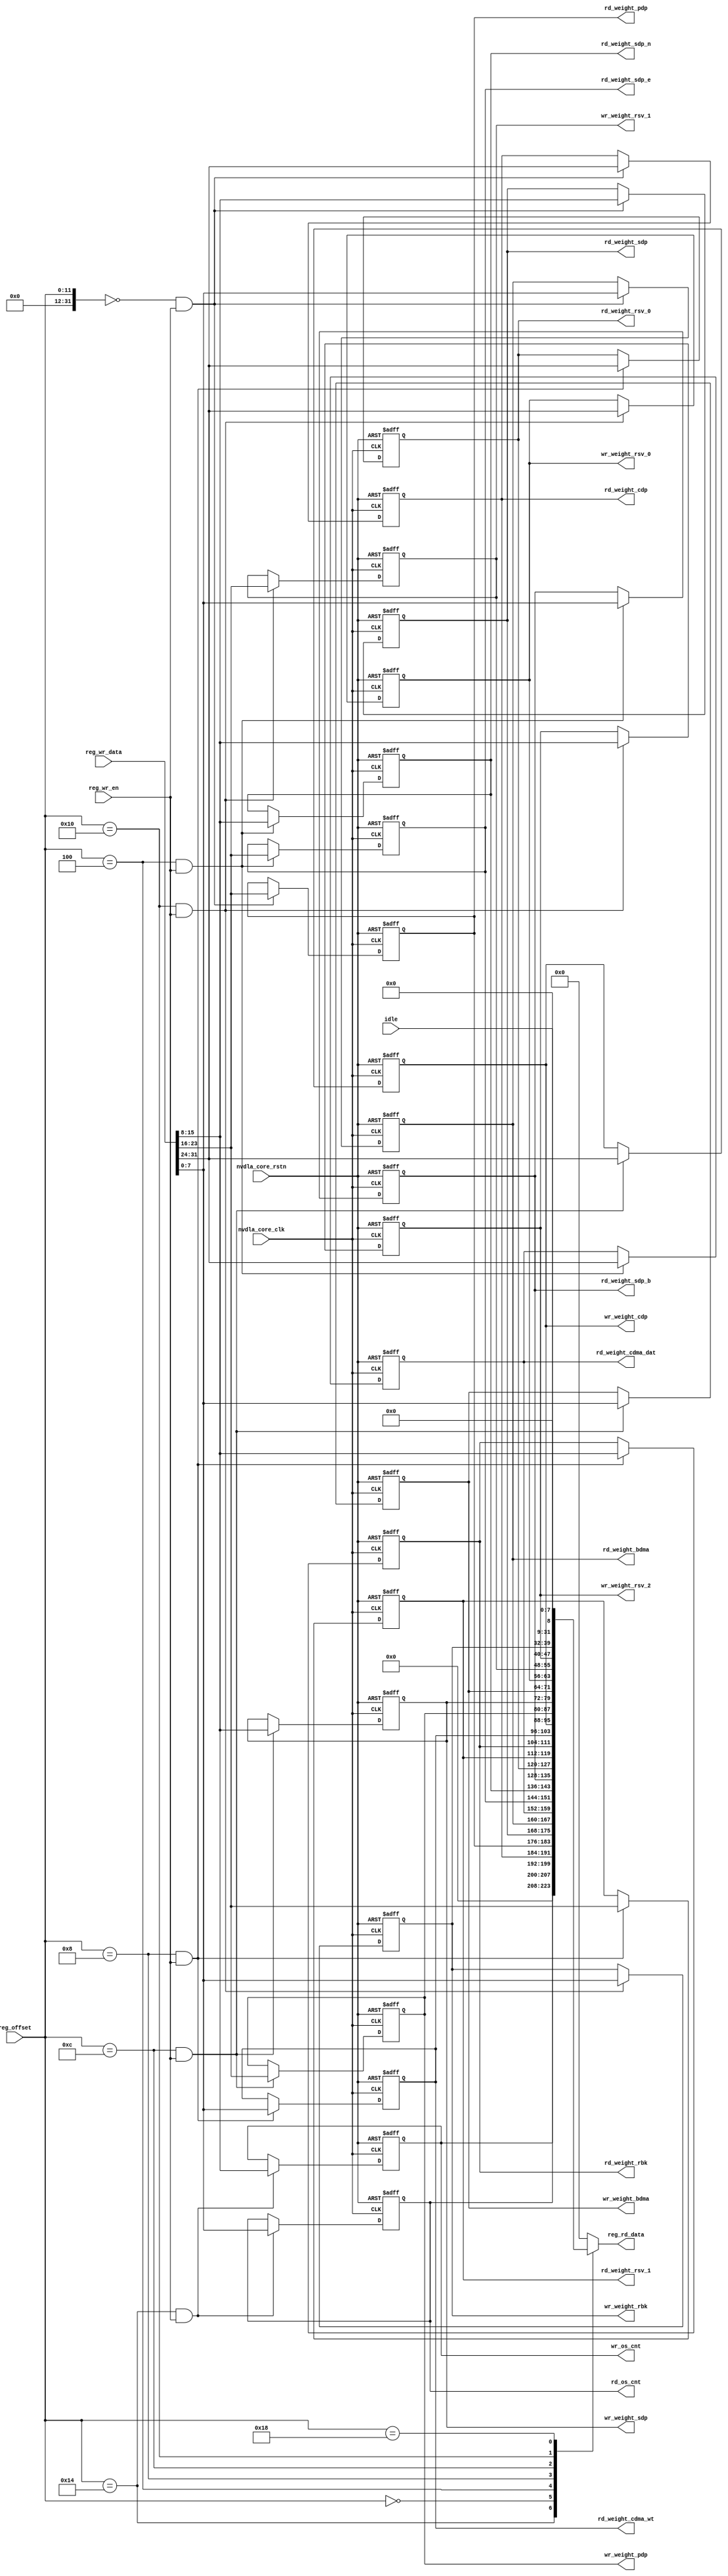
// ================================================================
// NVDLA Open Source Project
// 
// Copyright(c) 2016 - 2017 NVIDIA Corporation.  Licensed under the
// NVDLA Open Hardware License; Check "LICENSE" which comes with 
// this distribution for more information.
// ================================================================


module NV_NVDLA_CVIF_CSB_reg (
   reg_rd_data
  ,reg_offset
   // verilint 498 off
   // leda UNUSED_DEC off
  ,reg_wr_data
   // verilint 498 on
   // leda UNUSED_DEC on
  ,reg_wr_en
  ,nvdla_core_clk
  ,nvdla_core_rstn
  ,rd_os_cnt
  ,wr_os_cnt
  ,rd_weight_bdma
  ,rd_weight_cdp
  ,rd_weight_pdp
  ,rd_weight_sdp
  ,rd_weight_cdma_dat
  ,rd_weight_sdp_b
  ,rd_weight_sdp_e
  ,rd_weight_sdp_n
  ,rd_weight_cdma_wt
  ,rd_weight_rbk
  ,rd_weight_rsv_0
  ,rd_weight_rsv_1
  ,wr_weight_bdma
  ,wr_weight_cdp
  ,wr_weight_pdp
  ,wr_weight_sdp
  ,wr_weight_rbk
  ,wr_weight_rsv_0
  ,wr_weight_rsv_1
  ,wr_weight_rsv_2
  ,idle
  );

wire   [31:0] nvdla_cvif_cfg_outstanding_cnt_0_out;
wire   [31:0] nvdla_cvif_cfg_rd_weight_0_0_out;
wire   [31:0] nvdla_cvif_cfg_rd_weight_1_0_out;
wire   [31:0] nvdla_cvif_cfg_rd_weight_2_0_out;
wire   [31:0] nvdla_cvif_cfg_wr_weight_0_0_out;
wire   [31:0] nvdla_cvif_cfg_wr_weight_1_0_out;
wire   [31:0] nvdla_cvif_status_0_out;
wire   [11:0] reg_offset_rd_int;
wire   [31:0] reg_offset_wr;
// Register control interface
output [31:0] reg_rd_data;
input [11:0]  reg_offset;
input [31:0]  reg_wr_data;  //(UNUSED_DEC)
input         reg_wr_en;
input         nvdla_core_clk;
input         nvdla_core_rstn;


// Writable register flop/trigger outputs
output [7:0]  rd_os_cnt;
output [7:0]  wr_os_cnt;
output [7:0]  rd_weight_bdma;
output [7:0]  rd_weight_cdp;
output [7:0]  rd_weight_pdp;
output [7:0]  rd_weight_sdp;
output [7:0]  rd_weight_cdma_dat;
output [7:0]  rd_weight_sdp_b;
output [7:0]  rd_weight_sdp_e;
output [7:0]  rd_weight_sdp_n;
output [7:0]  rd_weight_cdma_wt;
output [7:0]  rd_weight_rbk;
output [7:0]  rd_weight_rsv_0;
output [7:0]  rd_weight_rsv_1;
output [7:0]  wr_weight_bdma;
output [7:0]  wr_weight_cdp;
output [7:0]  wr_weight_pdp;
output [7:0]  wr_weight_sdp;
output [7:0]  wr_weight_rbk;
output [7:0]  wr_weight_rsv_0;
output [7:0]  wr_weight_rsv_1;
output [7:0]  wr_weight_rsv_2;

// Read-only register inputs
input         idle;

// wr_mask register inputs

// rstn register inputs

// leda FM_2_23 off
reg           arreggen_abort_on_invalid_wr;
reg           arreggen_abort_on_rowr;
reg           arreggen_dump;
// leda FM_2_23 on
reg     [7:0] rd_os_cnt;
reg     [7:0] rd_weight_bdma;
reg     [7:0] rd_weight_cdma_dat;
reg     [7:0] rd_weight_cdma_wt;
reg     [7:0] rd_weight_cdp;
reg     [7:0] rd_weight_pdp;
reg     [7:0] rd_weight_rbk;
reg     [7:0] rd_weight_rsv_0;
reg     [7:0] rd_weight_rsv_1;
reg     [7:0] rd_weight_sdp;
reg     [7:0] rd_weight_sdp_b;
reg     [7:0] rd_weight_sdp_e;
reg     [7:0] rd_weight_sdp_n;
reg    [31:0] reg_rd_data;
reg     [7:0] wr_os_cnt;
reg     [7:0] wr_weight_bdma;
reg     [7:0] wr_weight_cdp;
reg     [7:0] wr_weight_pdp;
reg     [7:0] wr_weight_rbk;
reg     [7:0] wr_weight_rsv_0;
reg     [7:0] wr_weight_rsv_1;
reg     [7:0] wr_weight_rsv_2;
reg     [7:0] wr_weight_sdp;

assign reg_offset_wr = {20'b0 , reg_offset};
// SCR signals

// Address decode
wire nvdla_cvif_cfg_outstanding_cnt_0_wren = (reg_offset_wr == (32'h3014  & 32'h00000fff)) & reg_wr_en ;  //spyglass disable UnloadedNet-ML //(W528)
wire nvdla_cvif_cfg_rd_weight_0_0_wren = (reg_offset_wr == (32'h3000  & 32'h00000fff)) & reg_wr_en ;  //spyglass disable UnloadedNet-ML //(W528)
wire nvdla_cvif_cfg_rd_weight_1_0_wren = (reg_offset_wr == (32'h3004  & 32'h00000fff)) & reg_wr_en ;  //spyglass disable UnloadedNet-ML //(W528)
wire nvdla_cvif_cfg_rd_weight_2_0_wren = (reg_offset_wr == (32'h3008  & 32'h00000fff)) & reg_wr_en ;  //spyglass disable UnloadedNet-ML //(W528)
wire nvdla_cvif_cfg_wr_weight_0_0_wren = (reg_offset_wr == (32'h300c  & 32'h00000fff)) & reg_wr_en ;  //spyglass disable UnloadedNet-ML //(W528)
wire nvdla_cvif_cfg_wr_weight_1_0_wren = (reg_offset_wr == (32'h3010  & 32'h00000fff)) & reg_wr_en ;  //spyglass disable UnloadedNet-ML //(W528)
wire nvdla_cvif_status_0_wren = (reg_offset_wr == (32'h3018  & 32'h00000fff)) & reg_wr_en ;  //spyglass disable UnloadedNet-ML //(W528)

assign nvdla_cvif_cfg_outstanding_cnt_0_out[31:0] = { 16'b0, wr_os_cnt, rd_os_cnt };
assign nvdla_cvif_cfg_rd_weight_0_0_out[31:0] = { rd_weight_cdp, rd_weight_pdp, rd_weight_sdp, rd_weight_bdma };
assign nvdla_cvif_cfg_rd_weight_1_0_out[31:0] = { rd_weight_cdma_dat, rd_weight_sdp_e, rd_weight_sdp_n, rd_weight_sdp_b };
assign nvdla_cvif_cfg_rd_weight_2_0_out[31:0] = { rd_weight_rsv_0, rd_weight_rsv_1, rd_weight_rbk, rd_weight_cdma_wt };
assign nvdla_cvif_cfg_wr_weight_0_0_out[31:0] = { wr_weight_cdp, wr_weight_pdp, wr_weight_sdp, wr_weight_bdma };
assign nvdla_cvif_cfg_wr_weight_1_0_out[31:0] = { wr_weight_rsv_0, wr_weight_rsv_1, wr_weight_rsv_2, wr_weight_rbk };
assign nvdla_cvif_status_0_out[31:0] = { 23'b0, idle, 8'b0 };

assign reg_offset_rd_int = reg_offset;
// Output mux
//spyglass disable_block W338, W263 
always @(
  reg_offset_rd_int
  or nvdla_cvif_cfg_outstanding_cnt_0_out
  or nvdla_cvif_cfg_rd_weight_0_0_out
  or nvdla_cvif_cfg_rd_weight_1_0_out
  or nvdla_cvif_cfg_rd_weight_2_0_out
  or nvdla_cvif_cfg_wr_weight_0_0_out
  or nvdla_cvif_cfg_wr_weight_1_0_out
  or nvdla_cvif_status_0_out
  ) begin
  case (reg_offset_rd_int)
     (32'h3014  & 32'h00000fff): begin 
                            reg_rd_data =  nvdla_cvif_cfg_outstanding_cnt_0_out ;
                            end 
     (32'h3000  & 32'h00000fff): begin 
                            reg_rd_data =  nvdla_cvif_cfg_rd_weight_0_0_out ;
                            end 
     (32'h3004  & 32'h00000fff): begin 
                            reg_rd_data =  nvdla_cvif_cfg_rd_weight_1_0_out ;
                            end 
     (32'h3008  & 32'h00000fff): begin 
                            reg_rd_data =  nvdla_cvif_cfg_rd_weight_2_0_out ;
                            end 
     (32'h300c  & 32'h00000fff): begin 
                            reg_rd_data =  nvdla_cvif_cfg_wr_weight_0_0_out ;
                            end 
     (32'h3010  & 32'h00000fff): begin 
                            reg_rd_data =  nvdla_cvif_cfg_wr_weight_1_0_out ;
                            end 
     (32'h3018  & 32'h00000fff): begin 
                            reg_rd_data =  nvdla_cvif_status_0_out ;
                            end 
    default: reg_rd_data = {32{1'b0}};
  endcase
end

//spyglass enable_block W338, W263

// spyglass disable_block STARC-2.10.1.6, NoConstWithXZ, W443

// Register flop declarations
always @(posedge nvdla_core_clk or negedge nvdla_core_rstn) begin
  if (!nvdla_core_rstn) begin
    rd_os_cnt[7:0] <= 8'b11111111;
    wr_os_cnt[7:0] <= 8'b11111111;
    rd_weight_bdma[7:0] <= 8'b00000001;
    rd_weight_cdp[7:0] <= 8'b00000001;
    rd_weight_pdp[7:0] <= 8'b00000001;
    rd_weight_sdp[7:0] <= 8'b00000001;
    rd_weight_cdma_dat[7:0] <= 8'b00000001;
    rd_weight_sdp_b[7:0] <= 8'b00000001;
    rd_weight_sdp_e[7:0] <= 8'b00000001;
    rd_weight_sdp_n[7:0] <= 8'b00000001;
    rd_weight_cdma_wt[7:0] <= 8'b00000001;
    rd_weight_rbk[7:0] <= 8'b00000001;
    rd_weight_rsv_0[7:0] <= 8'b00000001;
    rd_weight_rsv_1[7:0] <= 8'b00000001;
    wr_weight_bdma[7:0] <= 8'b00000001;
    wr_weight_cdp[7:0] <= 8'b00000001;
    wr_weight_pdp[7:0] <= 8'b00000001;
    wr_weight_sdp[7:0] <= 8'b00000001;
    wr_weight_rbk[7:0] <= 8'b00000001;
    wr_weight_rsv_0[7:0] <= 8'b00000001;
    wr_weight_rsv_1[7:0] <= 8'b00000001;
    wr_weight_rsv_2[7:0] <= 8'b00000001;
  end else begin
  // Register: NVDLA_CVIF_CFG_OUTSTANDING_CNT_0    Field: rd_os_cnt
  if (nvdla_cvif_cfg_outstanding_cnt_0_wren) begin
    rd_os_cnt[7:0] <= reg_wr_data[7:0];
  end

  // Register: NVDLA_CVIF_CFG_OUTSTANDING_CNT_0    Field: wr_os_cnt
  if (nvdla_cvif_cfg_outstanding_cnt_0_wren) begin
    wr_os_cnt[7:0] <= reg_wr_data[15:8];
  end

  // Register: NVDLA_CVIF_CFG_RD_WEIGHT_0_0    Field: rd_weight_bdma
  if (nvdla_cvif_cfg_rd_weight_0_0_wren) begin
    rd_weight_bdma[7:0] <= reg_wr_data[7:0];
  end

  // Register: NVDLA_CVIF_CFG_RD_WEIGHT_0_0    Field: rd_weight_cdp
  if (nvdla_cvif_cfg_rd_weight_0_0_wren) begin
    rd_weight_cdp[7:0] <= reg_wr_data[31:24];
  end

  // Register: NVDLA_CVIF_CFG_RD_WEIGHT_0_0    Field: rd_weight_pdp
  if (nvdla_cvif_cfg_rd_weight_0_0_wren) begin
    rd_weight_pdp[7:0] <= reg_wr_data[23:16];
  end

  // Register: NVDLA_CVIF_CFG_RD_WEIGHT_0_0    Field: rd_weight_sdp
  if (nvdla_cvif_cfg_rd_weight_0_0_wren) begin
    rd_weight_sdp[7:0] <= reg_wr_data[15:8];
  end

  // Register: NVDLA_CVIF_CFG_RD_WEIGHT_1_0    Field: rd_weight_cdma_dat
  if (nvdla_cvif_cfg_rd_weight_1_0_wren) begin
    rd_weight_cdma_dat[7:0] <= reg_wr_data[31:24];
  end

  // Register: NVDLA_CVIF_CFG_RD_WEIGHT_1_0    Field: rd_weight_sdp_b
  if (nvdla_cvif_cfg_rd_weight_1_0_wren) begin
    rd_weight_sdp_b[7:0] <= reg_wr_data[7:0];
  end

  // Register: NVDLA_CVIF_CFG_RD_WEIGHT_1_0    Field: rd_weight_sdp_e
  if (nvdla_cvif_cfg_rd_weight_1_0_wren) begin
    rd_weight_sdp_e[7:0] <= reg_wr_data[23:16];
  end

  // Register: NVDLA_CVIF_CFG_RD_WEIGHT_1_0    Field: rd_weight_sdp_n
  if (nvdla_cvif_cfg_rd_weight_1_0_wren) begin
    rd_weight_sdp_n[7:0] <= reg_wr_data[15:8];
  end

  // Register: NVDLA_CVIF_CFG_RD_WEIGHT_2_0    Field: rd_weight_cdma_wt
  if (nvdla_cvif_cfg_rd_weight_2_0_wren) begin
    rd_weight_cdma_wt[7:0] <= reg_wr_data[7:0];
  end

  // Register: NVDLA_CVIF_CFG_RD_WEIGHT_2_0    Field: rd_weight_rbk
  if (nvdla_cvif_cfg_rd_weight_2_0_wren) begin
    rd_weight_rbk[7:0] <= reg_wr_data[15:8];
  end

  // Register: NVDLA_CVIF_CFG_RD_WEIGHT_2_0    Field: rd_weight_rsv_0
  if (nvdla_cvif_cfg_rd_weight_2_0_wren) begin
    rd_weight_rsv_0[7:0] <= reg_wr_data[31:24];
  end

  // Register: NVDLA_CVIF_CFG_RD_WEIGHT_2_0    Field: rd_weight_rsv_1
  if (nvdla_cvif_cfg_rd_weight_2_0_wren) begin
    rd_weight_rsv_1[7:0] <= reg_wr_data[23:16];
  end

  // Register: NVDLA_CVIF_CFG_WR_WEIGHT_0_0    Field: wr_weight_bdma
  if (nvdla_cvif_cfg_wr_weight_0_0_wren) begin
    wr_weight_bdma[7:0] <= reg_wr_data[7:0];
  end

  // Register: NVDLA_CVIF_CFG_WR_WEIGHT_0_0    Field: wr_weight_cdp
  if (nvdla_cvif_cfg_wr_weight_0_0_wren) begin
    wr_weight_cdp[7:0] <= reg_wr_data[31:24];
  end

  // Register: NVDLA_CVIF_CFG_WR_WEIGHT_0_0    Field: wr_weight_pdp
  if (nvdla_cvif_cfg_wr_weight_0_0_wren) begin
    wr_weight_pdp[7:0] <= reg_wr_data[23:16];
  end

  // Register: NVDLA_CVIF_CFG_WR_WEIGHT_0_0    Field: wr_weight_sdp
  if (nvdla_cvif_cfg_wr_weight_0_0_wren) begin
    wr_weight_sdp[7:0] <= reg_wr_data[15:8];
  end

  // Register: NVDLA_CVIF_CFG_WR_WEIGHT_1_0    Field: wr_weight_rbk
  if (nvdla_cvif_cfg_wr_weight_1_0_wren) begin
    wr_weight_rbk[7:0] <= reg_wr_data[7:0];
  end

  // Register: NVDLA_CVIF_CFG_WR_WEIGHT_1_0    Field: wr_weight_rsv_0
  if (nvdla_cvif_cfg_wr_weight_1_0_wren) begin
    wr_weight_rsv_0[7:0] <= reg_wr_data[31:24];
  end

  // Register: NVDLA_CVIF_CFG_WR_WEIGHT_1_0    Field: wr_weight_rsv_1
  if (nvdla_cvif_cfg_wr_weight_1_0_wren) begin
    wr_weight_rsv_1[7:0] <= reg_wr_data[23:16];
  end

  // Register: NVDLA_CVIF_CFG_WR_WEIGHT_1_0    Field: wr_weight_rsv_2
  if (nvdla_cvif_cfg_wr_weight_1_0_wren) begin
    wr_weight_rsv_2[7:0] <= reg_wr_data[15:8];
  end

  // Not generating flops for read-only field NVDLA_CVIF_STATUS_0::idle

  end
end
// spyglass enable_block STARC-2.10.1.6, NoConstWithXZ, W443

// synopsys translate_off
// VCS coverage off
initial begin
  arreggen_dump                  = $test$plusargs("arreggen_dump_wr");
  arreggen_abort_on_rowr         = $test$plusargs("arreggen_abort_on_rowr");
  arreggen_abort_on_invalid_wr   = $test$plusargs("arreggen_abort_on_invalid_wr");
`ifdef VERILATOR
`else
  $timeformat(-9, 2, "ns", 15);
`endif
end

always @(posedge nvdla_core_clk) begin
  if (reg_wr_en) begin
    case(reg_offset)
      (32'h3014  & 32'h00000fff): if (arreggen_dump) $display("%t:%m: reg wr: NVDLA_CVIF_CFG_OUTSTANDING_CNT_0 = 0x%h (old value: 0x%h, 0x%b))", $time, reg_wr_data, nvdla_cvif_cfg_outstanding_cnt_0_out, nvdla_cvif_cfg_outstanding_cnt_0_out);
      (32'h3000  & 32'h00000fff): if (arreggen_dump) $display("%t:%m: reg wr: NVDLA_CVIF_CFG_RD_WEIGHT_0_0 = 0x%h (old value: 0x%h, 0x%b))", $time, reg_wr_data, nvdla_cvif_cfg_rd_weight_0_0_out, nvdla_cvif_cfg_rd_weight_0_0_out);
      (32'h3004  & 32'h00000fff): if (arreggen_dump) $display("%t:%m: reg wr: NVDLA_CVIF_CFG_RD_WEIGHT_1_0 = 0x%h (old value: 0x%h, 0x%b))", $time, reg_wr_data, nvdla_cvif_cfg_rd_weight_1_0_out, nvdla_cvif_cfg_rd_weight_1_0_out);
      (32'h3008  & 32'h00000fff): if (arreggen_dump) $display("%t:%m: reg wr: NVDLA_CVIF_CFG_RD_WEIGHT_2_0 = 0x%h (old value: 0x%h, 0x%b))", $time, reg_wr_data, nvdla_cvif_cfg_rd_weight_2_0_out, nvdla_cvif_cfg_rd_weight_2_0_out);
      (32'h300c  & 32'h00000fff): if (arreggen_dump) $display("%t:%m: reg wr: NVDLA_CVIF_CFG_WR_WEIGHT_0_0 = 0x%h (old value: 0x%h, 0x%b))", $time, reg_wr_data, nvdla_cvif_cfg_wr_weight_0_0_out, nvdla_cvif_cfg_wr_weight_0_0_out);
      (32'h3010  & 32'h00000fff): if (arreggen_dump) $display("%t:%m: reg wr: NVDLA_CVIF_CFG_WR_WEIGHT_1_0 = 0x%h (old value: 0x%h, 0x%b))", $time, reg_wr_data, nvdla_cvif_cfg_wr_weight_1_0_out, nvdla_cvif_cfg_wr_weight_1_0_out);
      (32'h3018  & 32'h00000fff): begin
          if (arreggen_dump) $display("%t:%m: read-only reg wr: NVDLA_CVIF_STATUS_0 = 0x%h", $time, reg_wr_data);
          if (arreggen_abort_on_rowr) begin $display("ERROR: write to read-only register!"); $finish; end
        end
      default: begin
          if (arreggen_dump) $display("%t:%m: reg wr: Unknown register (0x%h) = 0x%h", $time, reg_offset, reg_wr_data);
          if (arreggen_abort_on_invalid_wr) begin $display("ERROR: write to undefined register!"); $finish; end
        end
    endcase
  end
end

// VCS coverage on
// synopsys translate_on

endmodule // NV_NVDLA_CVIF_CSB_reg